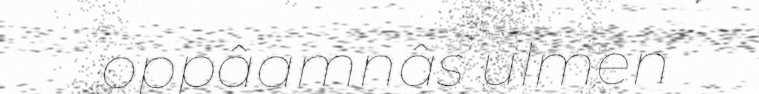
oppâamnâs ulmen